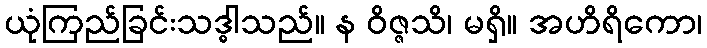
ယုံကြည်ခြင်းသဒ္ဓါသည်။ န ဝိဇ္ဇသိ၊ မရှိ။ အဟိရိကော၊